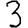
Digit: 3